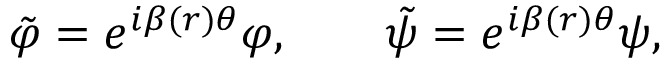
\tilde { \varphi } = e ^ { i \beta ( r ) \theta } \varphi , \qquad \tilde { \psi } = e ^ { i \beta ( r ) \theta } \psi ,